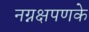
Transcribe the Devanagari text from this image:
नग्नक्षपणके